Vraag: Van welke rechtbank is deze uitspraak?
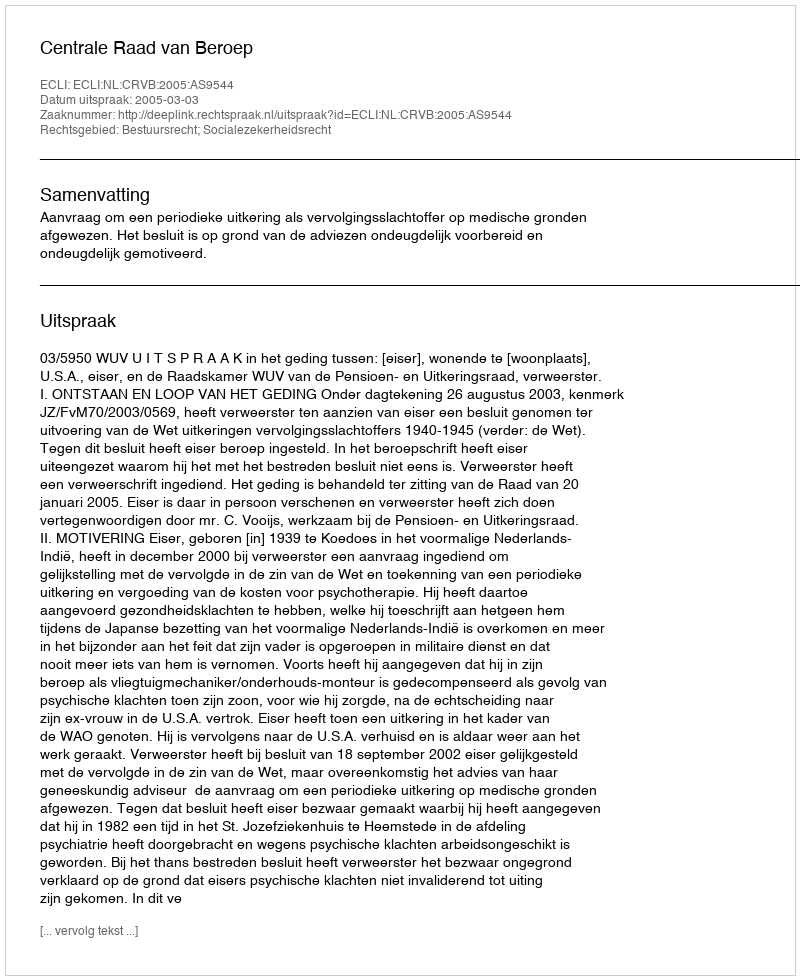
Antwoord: Centrale Raad van Beroep